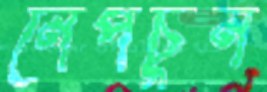
নেপচুন